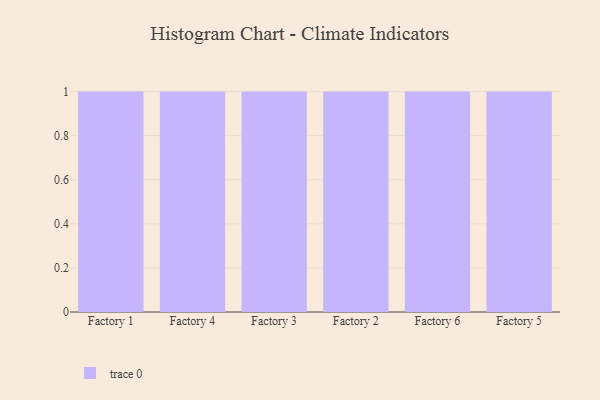
{"axis": {"x": "Factory", "y": "Population (Million)"}, "legend": [""], "data": [{"x": "Factory 1", "y": 3, "type": ""}, {"x": "Factory 4", "y": 12, "type": ""}, {"x": "Factory 3", "y": 46, "type": ""}, {"x": "Factory 2", "y": 21, "type": ""}, {"x": "Factory 6", "y": 36, "type": ""}, {"x": "Factory 5", "y": 3, "type": ""}]}